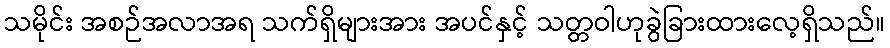
သမိုင်း အစဉ်အလာအရ သက်ရှိများအား အပင်နှင့် သတ္တဝါဟုခွဲခြားထားလေ့ရှိသည်။